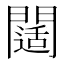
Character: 𨶐